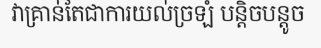
វាគ្រាន់តែជាការយល់ច្រឡំ បន្តិចបន្តូច